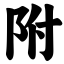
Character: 附